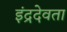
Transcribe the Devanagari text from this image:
इंद्रदेवता